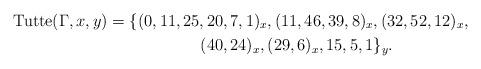
LaTeX: \begin{gather*}{\rm Tutte}(\Gamma,x,y)= \{(0,11,25,20,7,1)_{x}, (11,46,39,8)_{x}, (32,52,12)_{x},\\ \hphantom{{\rm Tutte}(\Gamma,x,y)=}{} (40,24)_{x}, (29,6)_{x}, 15, 5, 1 \}_{y}. \end{gather*}